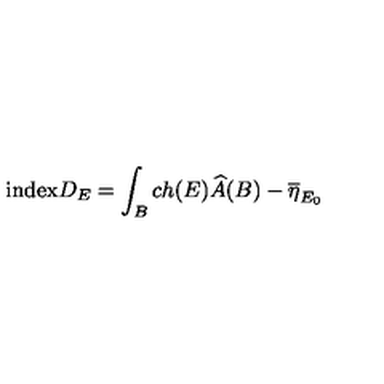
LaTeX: \mathrm { i n d e x } D _ { E } = \int _ { B } c h ( E ) \widehat { A } ( B ) - \overline { \eta } _ { E _ { 0 } }